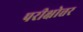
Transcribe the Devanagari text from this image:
परीक्षोत्तर